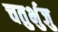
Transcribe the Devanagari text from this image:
चतुर्भुजु